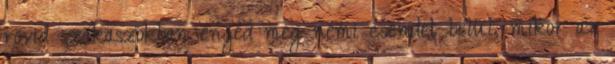
rövid szakaszokban enged meg némi csendet belül, mikor az